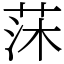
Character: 莯